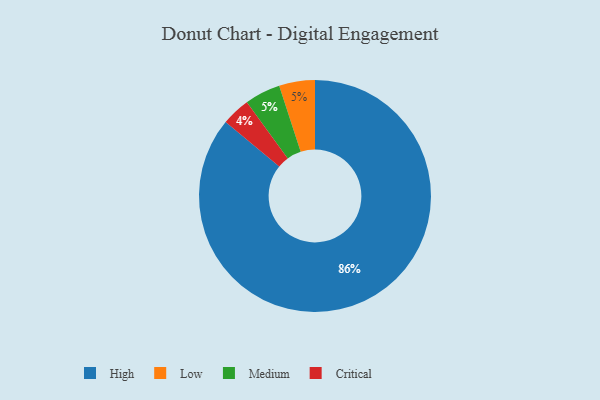
{"axis": {"x": "Category", "y": "Percentage"}, "legend": ["Critical", "High", "Low", "Medium"], "data": [{"x": "Low", "y": 5, "type": "Low"}, {"x": "High", "y": 86, "type": "High"}, {"x": "Critical", "y": 4, "type": "Critical"}, {"x": "Medium", "y": 5, "type": "Medium"}]}